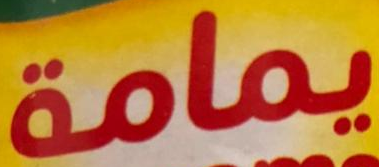
يمامة